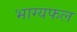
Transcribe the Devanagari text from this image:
भाग्यफल